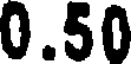
0.50